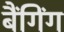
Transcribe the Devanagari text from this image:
बैंगिंग